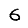
Digit: 6